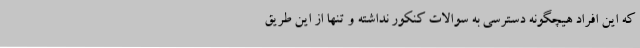
که این افراد هیچگونه دسترسی به سوالات کنکور نداشته و تنها از این طریق